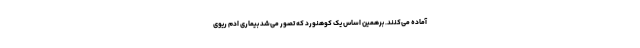
آماده می‌کنند. برهمین اساس یک کوهنورد که تصور می‌شد بیماری اِدِم ریوی